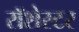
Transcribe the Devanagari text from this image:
रॉशेस्टर